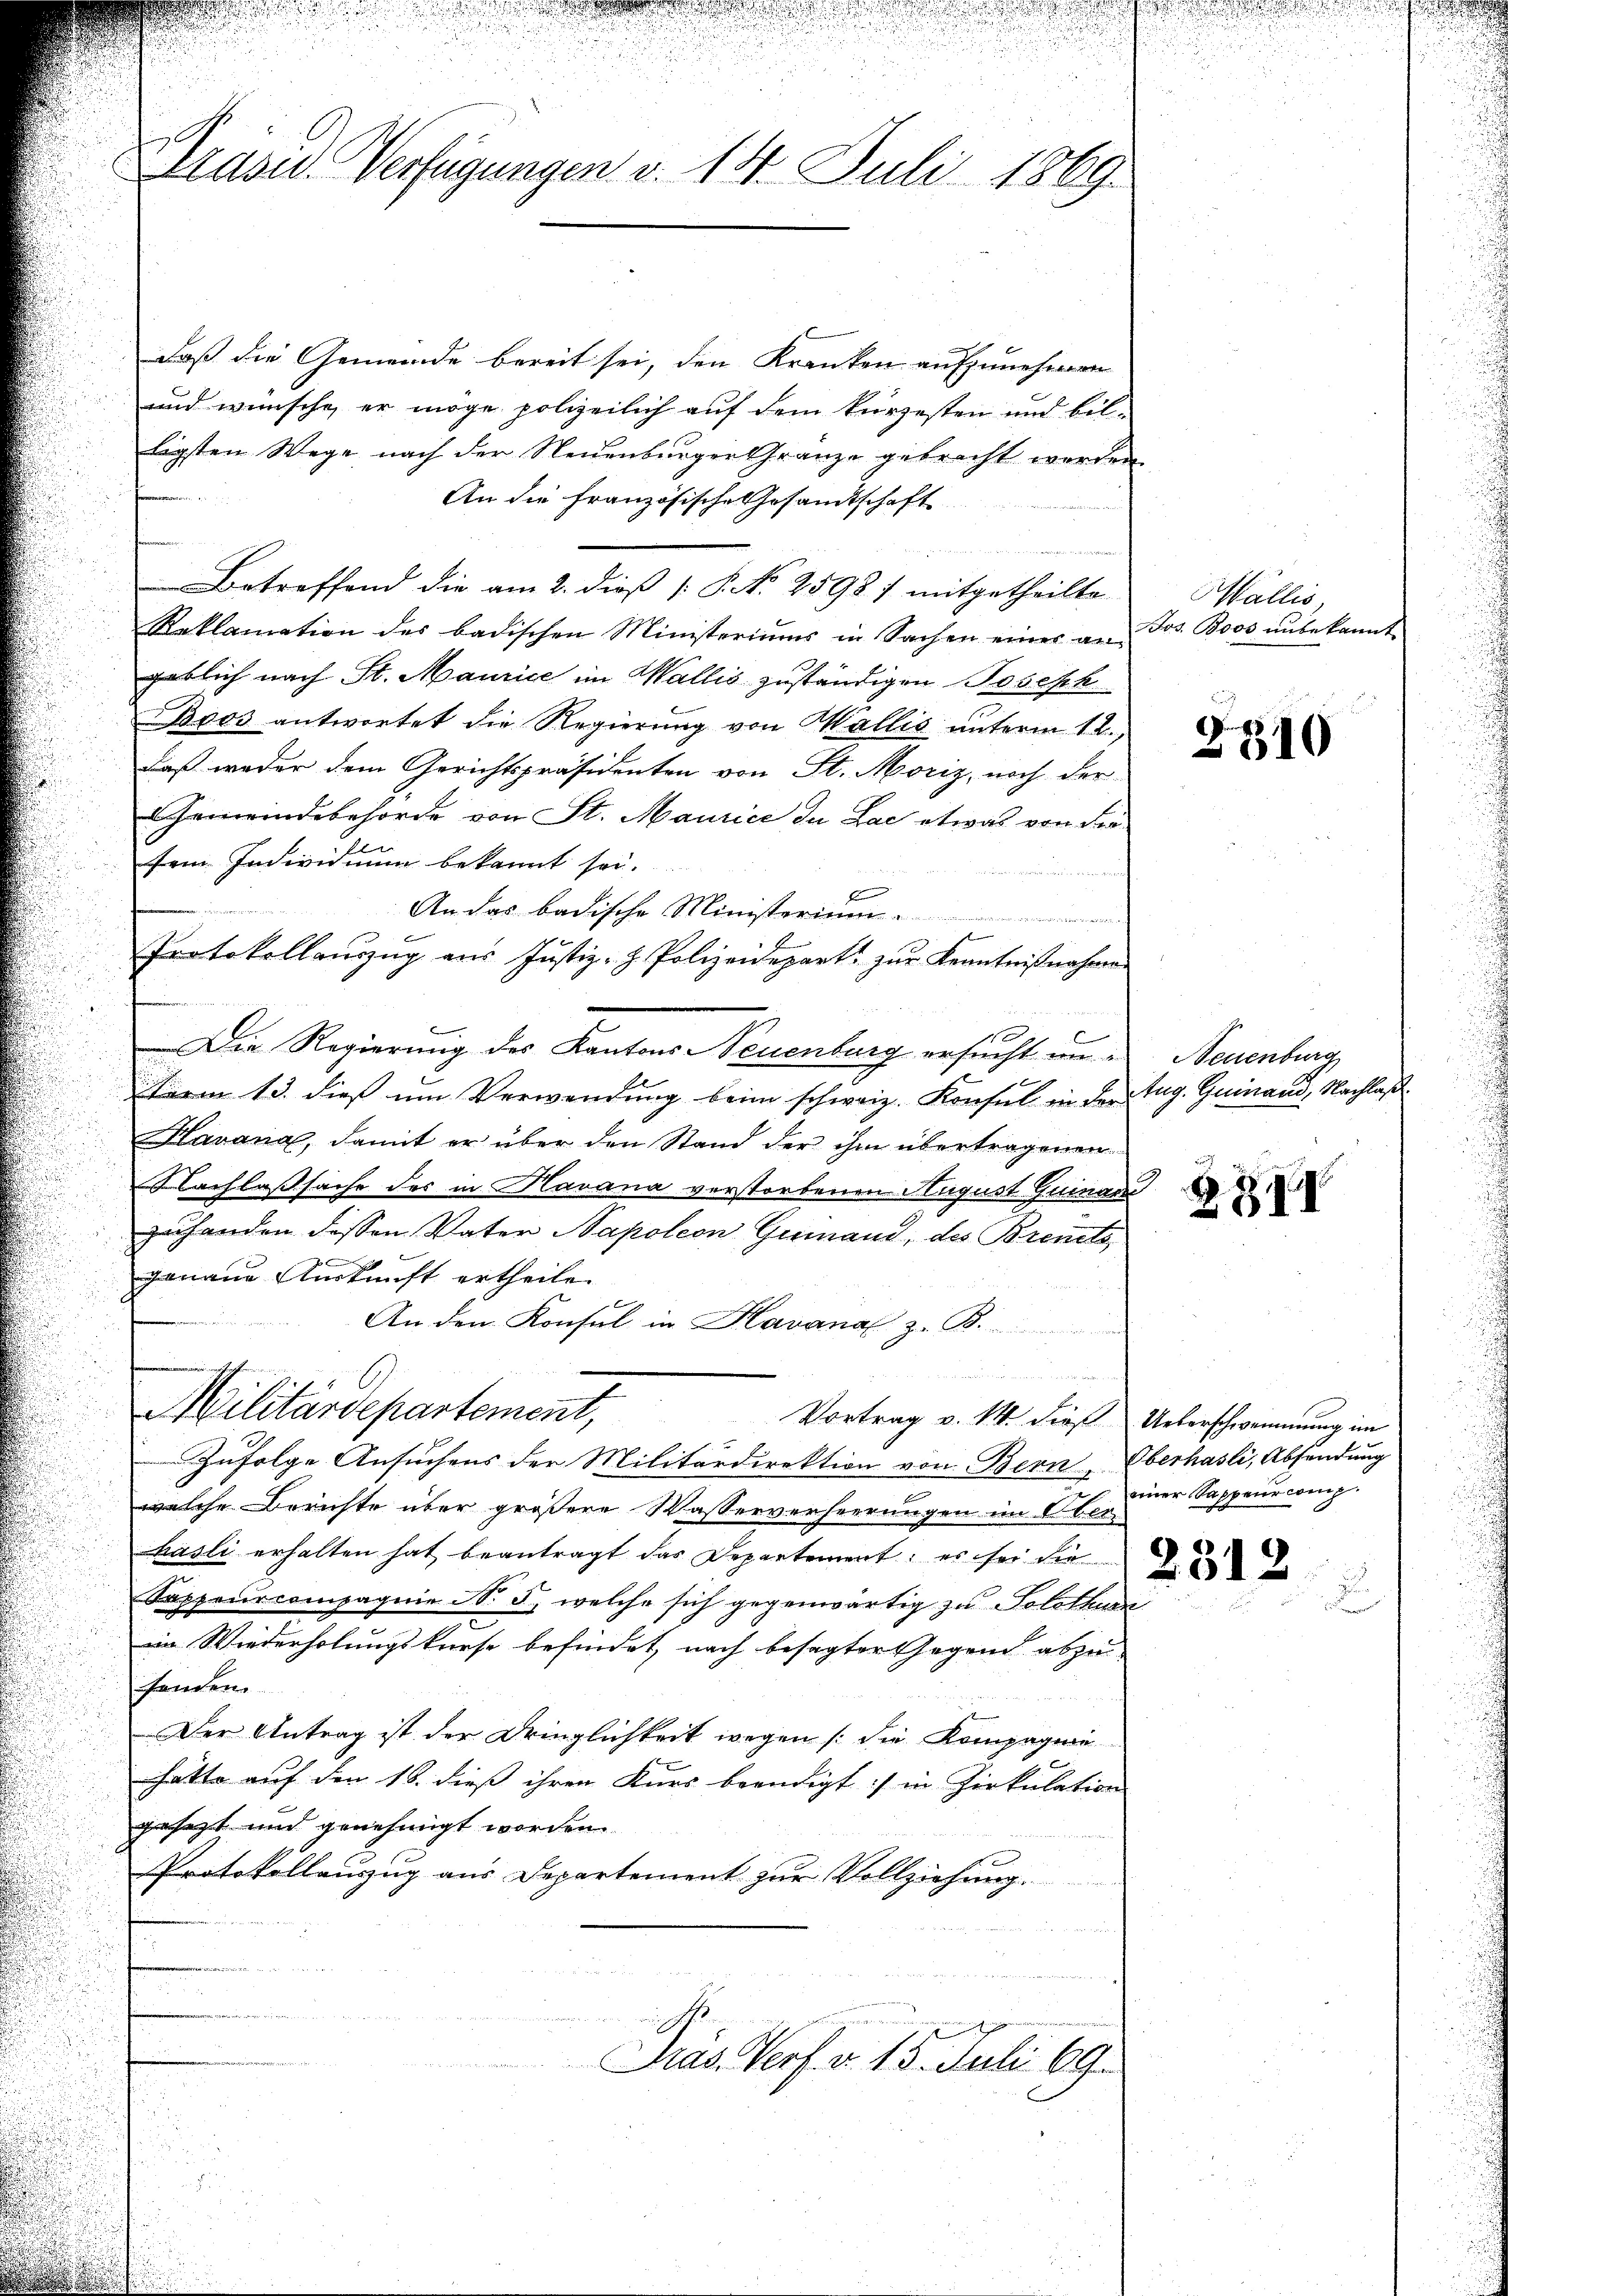
Präsid. Verfügungen v. 14. Juli 1869

daß die Gemeinde bereit sei, den Kranken aufzunehmen
und wünsche, er möge polizeilich auf dem kürzesten und bil-
ligsten Wege nach der Neuenburger Granze gebracht werden
An die Französische Gesamtschaft
Bemer
Betreffend die am 2. dieß [S. No 2598) mitgetheilte
Reklamation des badischen Ministeriums in Sachen einer an Jos. Boos ŭnbekannt
geblich nach St. Maurice im Wallis zuständigen Joseph
Beos antwortet die Regierŭng von Wallis ŭnterm 12.
daß weder dem Gerichtspräsidenten von St. Moriz, noch der
Gemeindebehörde von St. Maurice da Lae etwas von der
sein. Individuum bekannt sei.
E
An das badische Minister.................
E
Protokollauszug aus Justiz- & Polizeidepart zur Kenntnißnahme
bin
Die Regierung des Kantons Neuenburg ersucht unterm 13. dieß um Verwendung beim schweiz. Konsul in der Aug. Guinand, Nachlaß
Kavana, damit er über den Stand der ihm übertragenen
Nachlasssache des in Havana verstorbenen August Guinand
zuhanden dessen Vater Napoleon Gumand, des Breits,
genaue Auskunft ertheile.
An den Konsul in Havana z. B.
Militärdepartement,
Vortrag v. M. dieß Ueberschwemmung im
Zufolge Ansuchens der Militärdirektion von Bern Oberhasli, Absendung
welche Berichte über größere Wasserverheerungen im Oberhasli erhalten hat beantragt das Departement, es sei die
Sappeurcompagnie N. 5, welche sich gegenwärtig zu Solothurn
im Wiederholungskurse befindet, nach besagter Gegend abzu
fanden.
Der Antrag ist der Dringlichkeit wegen (die Kompagnie
hatte auf den 16. dieß ihren Kurs beendigt in Zirkulation
gesezt und genehmigt worden.
Protokollauszug aus Departement zur Vollziehung.
Pras Verf. v. 15. Juli 69.

Wallis,

.

2310

Neuenburg

2312

B HI

einer Sappeur comp.